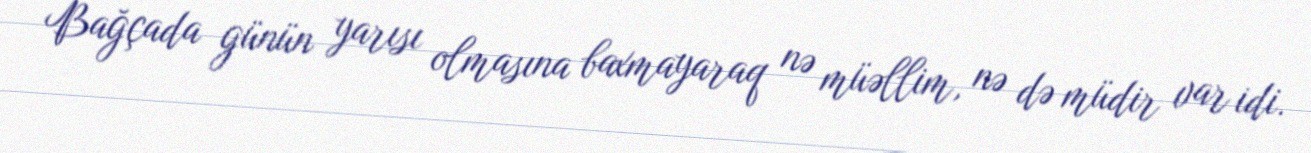
Bağçada günün yarısı olmasına baxmayaraq nə müəllim, nə də müdir var idi.